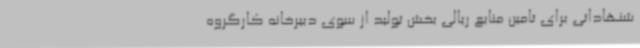
شنهاداتی برای تامین منابع ریالی بخش تولید از سوی دبیرخانه کارگروه